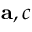
\mathbf { a } , c